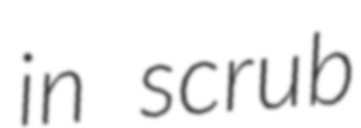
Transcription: in scrub